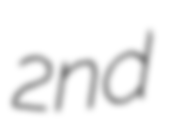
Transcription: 2nd